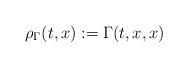
LaTeX: \begin{align*} \rho_{\Gamma}(t, x) :=\Gamma(t, x, x)\end{align*}